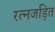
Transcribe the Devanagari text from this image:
रत्नजड़ित